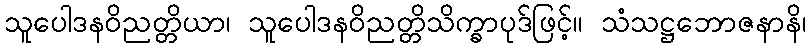
သူပေါဒနဝိညတ္တိယာ၊ သူပေါဒနဝိညတ္တိသိက္ခာပုဒ်ဖြင့်။ သံသဋ္ဌဘောဇနာနိ၊